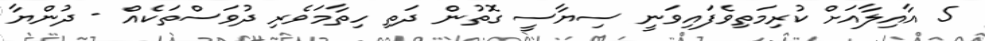
5 އާއިލާއަށް ކުރިމަތިވެފައިވަނީ ސިޔާސީ ގޮތުން ދަތި ހިތާމަވެރި ދުވަސްތަކެއް - ދުންޔާ